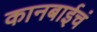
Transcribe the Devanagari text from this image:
कानबाईचं